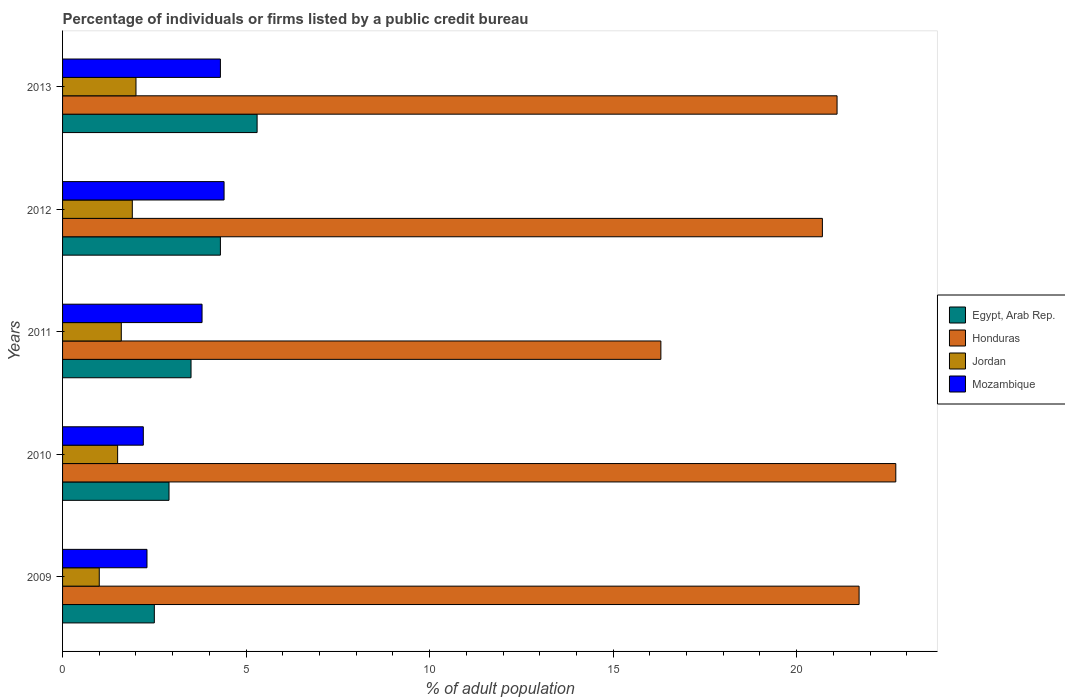
| Years | Egypt, Arab Rep. | Honduras | Jordan | Mozambique |
 | --- | --- | --- | --- | --- |
 | 2009 | 2.5 | 21.7 | 1 | 2.3 |
 | 2010 | 2.9 | 22.7 | 1.5 | 2.2 |
 | 2011 | 3.5 | 16.3 | 1.6 | 3.8 |
 | 2012 | 4.3 | 20.7 | 1.9 | 4.4 |
 | 2013 | 5.3 | 21.1 | 2 | 4.3 |